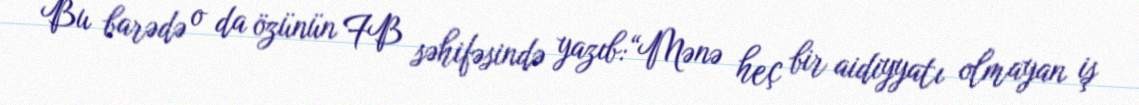
Bu barədə o da özünün FB səhifəsində yazıb:“Mənə heç bir aidiyyatı olmayan iş